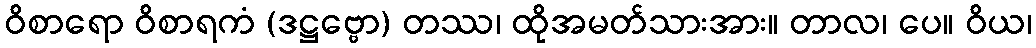
ဝိစာရော ဝိစာရကံ (ဒဋ္ဌဗ္ဗော) တဿ၊ ထိုအမတ်သားအား။ တာလ၊ ပေ။ ဝိယ၊